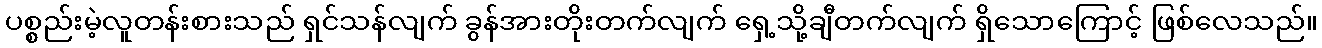
ပစ္စည်းမဲ့လူတန်းစားသည် ရှင်သန်လျက် ခွန်အားတိုးတက်လျက် ရှေ့သို့ချီတက်လျက် ရှိသောကြောင့် ဖြစ်လေသည်။